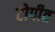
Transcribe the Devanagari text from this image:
टोपीत